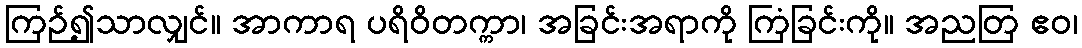
ကြဉ်၍သာလျှင်။ အာကာရ ပရိဝိတက္ကာ၊ အခြင်းအရာကို ကြံခြင်းကို။ အညတြ ဧဝ၊